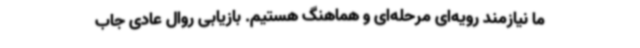
ما نیازمند رویه‌ای مرحله‌ای و هماهنگ هستیم. بازیابی روال عادی جاب